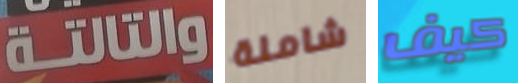
والتالتة شاملة كيف